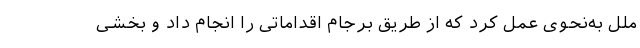
ملل به‌نحوی عمل کرد که از طریق برجام اقداماتی را انجام داد و بخشی